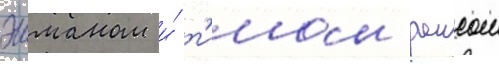
эшманом и́ т'имом раисом